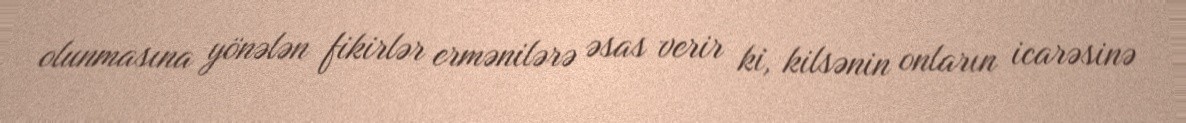
olunmasına yönələn fikirlər ermənilərə əsas verir ki, kilsənin onların icarəsinə